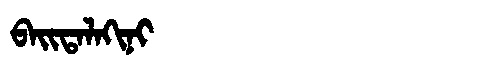
Manchu: ᠪᠠᡳᡨᠠᠯᠠᡴᡳᠨᡳ
Romanization: BAITALAKINI